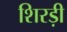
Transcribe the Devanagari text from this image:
शिरड़ी